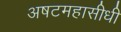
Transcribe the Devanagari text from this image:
अषटमहासीधी